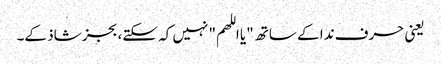
یعنی حرف ندا کے ساتھ "یا اللھم" نہیں کہ سکتے، بجز شاذ کے۔